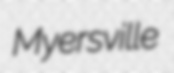
Myersville